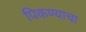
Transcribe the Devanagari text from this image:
पिकण्याचा